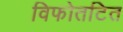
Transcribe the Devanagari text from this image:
विफोतटित